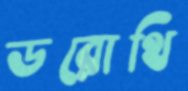
ডরোথি